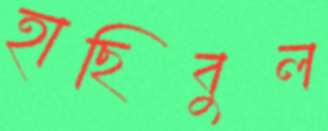
হাছিবুল